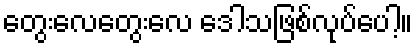
တွေးလေတွေးလေ ဒေါသဖြစ်လုပ်ပေါ့။